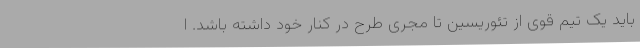
باید یک تیم قوی از تئوریسین تا مجری طرح در کنار خود داشته باشد. ا